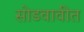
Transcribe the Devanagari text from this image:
सोडवावीत